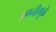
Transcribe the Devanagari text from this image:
अग्नीमुळे